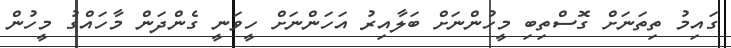
ގައިމު ތިތަނަށް ގޮސްތިބި މީހުންނަށް ބަލާއިރު އަހަންނަށް ހީވަނީ ގެންދަން މާހައްގު މީހުން